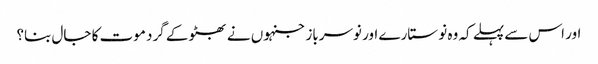
اور اس سے پہلے کہ وہ نو ستارے اور نوسرباز جنہوں نے بھٹو کے گرد موت کا جال بنا؟